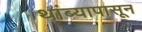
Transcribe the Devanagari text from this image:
थांब्यापासून